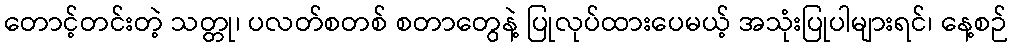
တောင့်တင်းတဲ့ သတ္တု၊ ပလတ်စတစ် စတာတွေနဲ့ ပြုလုပ်ထားပေမယ့် အသုံးပြုပါများရင်၊ နေ့စဉ်